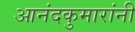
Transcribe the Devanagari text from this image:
आनंदकुमारांनी